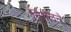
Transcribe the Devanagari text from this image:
निग़लने